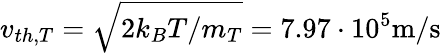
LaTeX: v_{th,T}=\sqrt{2k_{B}T/m_{T}}=7.97\cdot 10^{5}\mathrm{m/s}